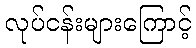
လုပ်ငန်းများကြောင့်